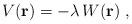
LaTeX: \begin{align*}V({\bf r})= - \lambda \, W({\bf r})\; ,\end{align*}